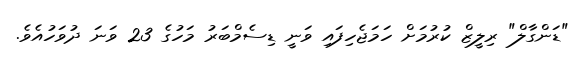
"ޑަންގާލް" ރިލީޒް ކުރުމަށް ހަމަޖެހިފައި ވަނީ ޑިސެމްބަރު މަހުގެ 23 ވަނަ ދުވަހުއެވެ.